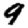
Digit: 9